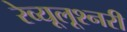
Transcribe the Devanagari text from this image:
रेव्यूलूश्नरी